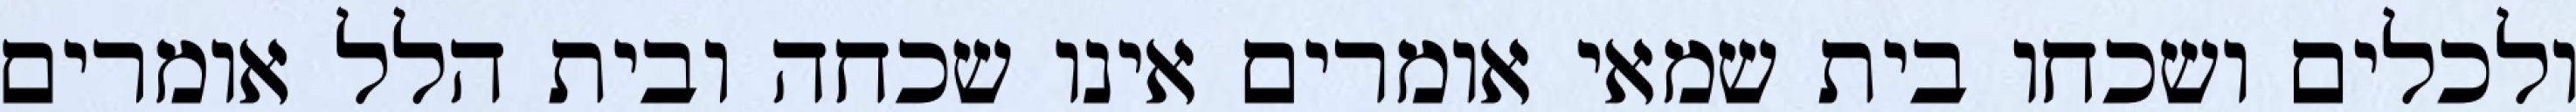
ולכלים ושכחו בית שמאי אומרים אינו שכחה ובית הלל אומרים